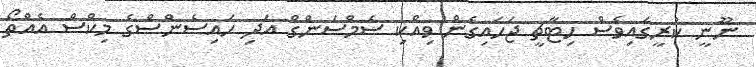
ނޫނީ ކުރީގައިވެސް ހިޓާޗީ ޖަހައިގެން ވިއްކި ސެމްސަންގް އަދި ހައިސެންސްގެ މިކްސް އެއްތޯ